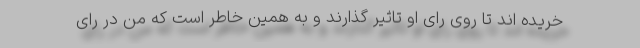
خریده اند تا روی رای او تاثیر گذارند و به همین خاطر است که من در رای